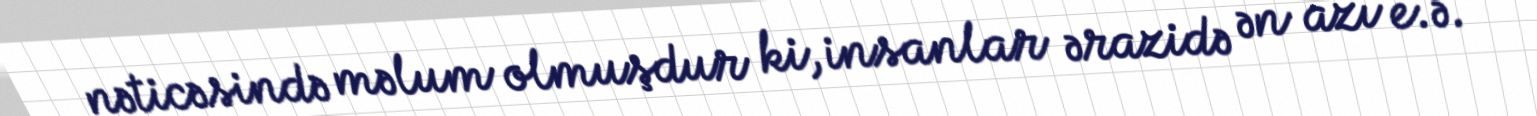
nəticəsində məlum olmuşdur ki, insanlar ərazidə ən azı e.ə.